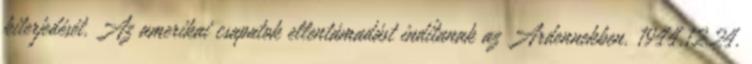
kiterjedését. Az amerikai csapatok ellentámadást indítanak az Ardennekben. 1944.12.24.